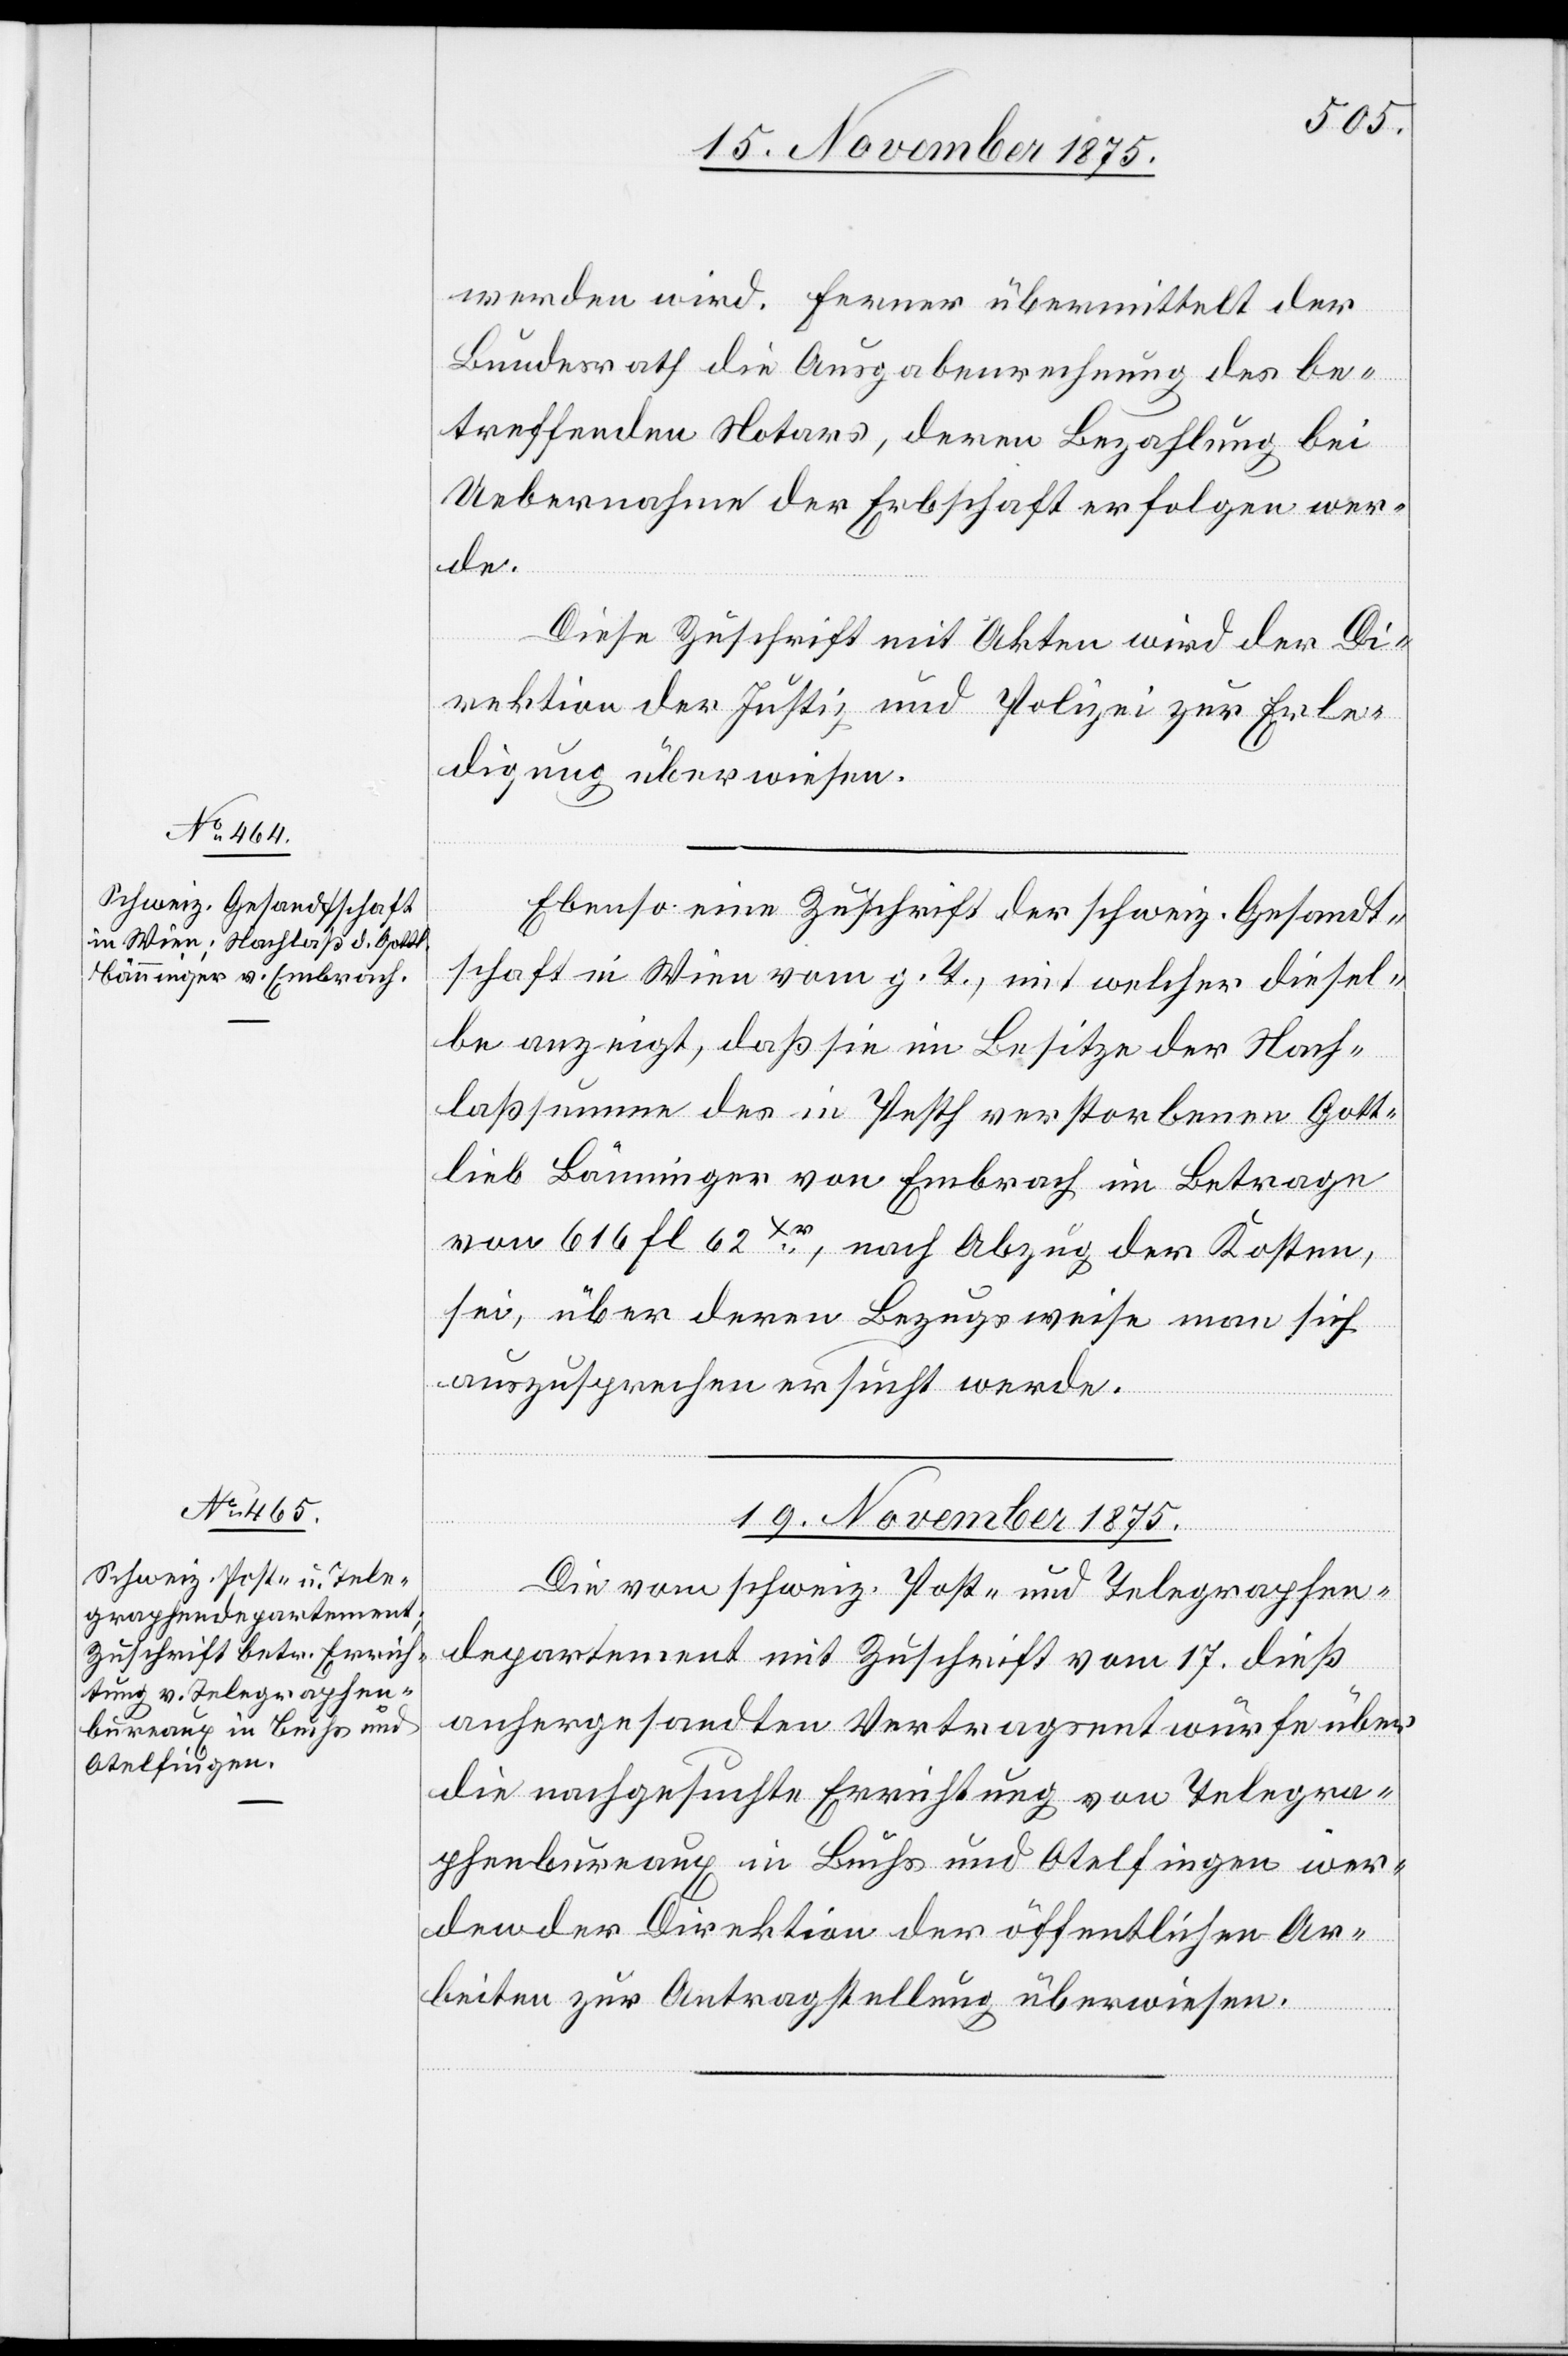
19. November 1875.
werden wird. Ferner übermittelt der
Bundesrath die Ausgabenrechnung des be¬
treffenden Notars, deren Bezahlung bei
Uebernahme der Erbschaft erfolgen wer¬
de.
Diese Zuschrift mit Akten wird der Di¬
rektion der Justiz und Polizei zur Erle¬
digung überwiesen.
Ebenso eine Zuschrift der schweiz. Gesandt¬
schaft in Wien vom g. T., mit welcher diesel¬
be anzeigt, daß sie im Besitze der Nach¬
laßsumme des in Pesth verstorbenen Gott¬
lieb Bänninger von Embrach im Betrage
von 616 Fl. 62xr, nach Abzug der Kosten,
sei, über deren Bezugsweise man sich
auszusprechen ersucht werde.
Die vom schweiz. Post- und Telegraphen¬
departement mit Zuschrift vom 17. dieß
anhergesandten Vertragsentwürfe über
die nachgesuchte Errichtung von Telegra¬
phenbureaux in Buchs und Otelfingen wer¬
den der Direktion der öffentlichen Ar¬
beiten zur Antragstellung überwiesen.